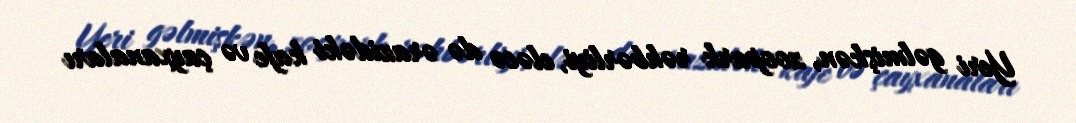
Yeri gəlmişkən, zoopark rəhbərliyi, eləcə də ərazidəki kafe və çayxanaları